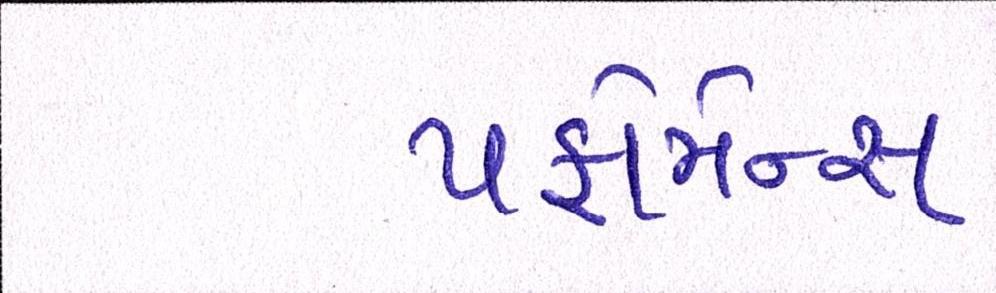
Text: પર્ફોર્મન્સ